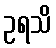
ဥရသိ